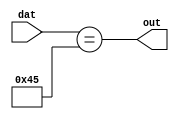
// Copyright 2007 Altera Corporation. All rights reserved.  
// Altera products are protected under numerous U.S. and foreign patents, 
// maskwork rights, copyrights and other intellectual property laws.  
//
// This reference design file, and your use thereof, is subject to and governed
// by the terms and conditions of the applicable Altera Reference Design 
// License Agreement (either as signed by you or found at www.altera.com).  By
// using this reference design file, you indicate your acceptance of such terms
// and conditions between you and Altera Corporation.  In the event that you do
// not agree with such terms and conditions, you may not use the reference 
// design file and please promptly destroy any copies you have made.
//
// This reference design file is being provided on an "as-is" basis and as an 
// accommodation and therefore all warranties, representations or guarantees of 
// any kind (whether express, implied or statutory) including, without 
// limitation, warranties of merchantability, non-infringement, or fitness for
// a particular purpose, are specifically disclaimed.  By making this reference
// design file available, Altera expressly does not recommend, suggest or 
// require that this reference design file be used in combination with any 
// other product not provided by Altera.
/////////////////////////////////////////////////////////////////////////////


module equal_const (dat,out);

parameter WIDTH = 8;
parameter CONST_VAL = 8'h45;
parameter METHOD = 0;

input [WIDTH-1:0] dat;
output out;
wire out;

generate
	if (METHOD == 0) begin
		///////////////////////
		// Generic style
		///////////////////////
		assign out = (dat == CONST_VAL);
	end
	else if (METHOD == 1) begin
		////////////////////////////////////////
		// Carry chain based - 3 bits per cell 
		////////////////////////////////////////
		carry_and ca (.dat(~dat ^ CONST_VAL),.out(out));
			defparam ca .WIDTH = WIDTH;
			defparam ca .METHOD = 4;
	end
endgenerate

endmodule